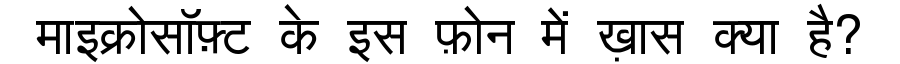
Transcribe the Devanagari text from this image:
माइक्रोसॉफ़्ट के इस फ़ोन में ख़ास क्या है?